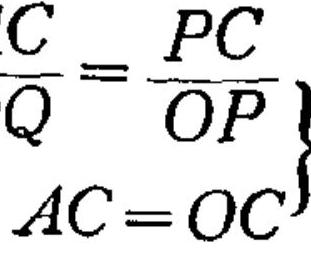
$\left.\begin{array}{l}\dfrac{C}{Q}=\dfrac{PC}{OP}\\ AC = OC\end{array}\right\}$